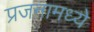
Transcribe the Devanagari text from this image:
प्रजनामध्ये